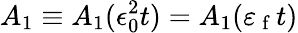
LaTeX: A_{1}\equiv A_{1}(\epsilon_{0}^{2}t)=A_{1}(\varepsilon_{\mathrm{~f~}}t)